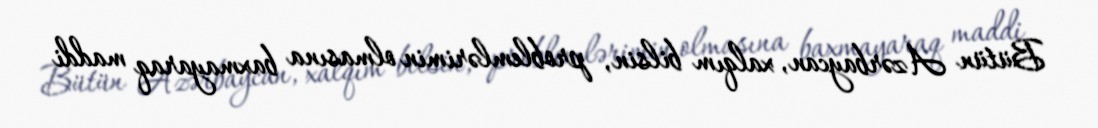
Bütün Azərbaycan, xalqım bilsin, problemlərimin olmasına baxmayaraq maddi